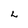
Character: L